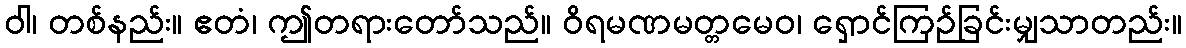
ဝါ၊ တစ်နည်း။ ဧတံ၊ ဤတရားတော်သည်။ ဝိရမဏမတ္တမေဝ၊ ရှောင်ကြဉ်ခြင်းမျှသာတည်း။